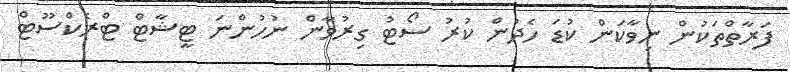
ފަރާތްތަކުން ނިވާކަން ކުޑަ ހެދުން ކުރު ސޯޓު ގިރުވާން ނުހުންނަ ޓީޝާޓް ޓްރެކްސޫޓް